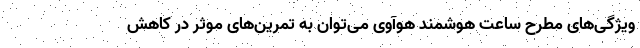
ویژگی‌های مطرح ساعت هوشمند هوآوی می‌توان به تمرین‌های موثر در کاهش